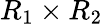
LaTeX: R_{1}\times R_{2}